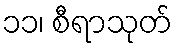
၁၁၊ စီရာသုတ်